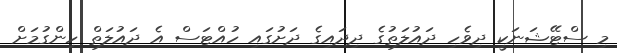
މި ސްޓޭޝަނަކީ ދިވެހި ދައުލަތުގެ ދިދައިގެ ދަށުގައި ހުއްޓަސް އެ ދައުލަތް ހިންގުމަށް